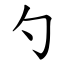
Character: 勺